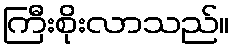
ကြီးစိုးလာသည်။